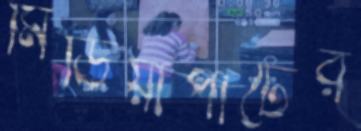
মিডিয়াপার্টের